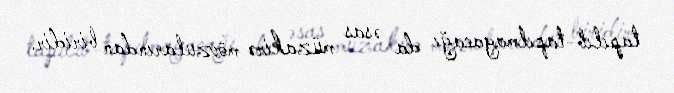
tapılıb-tapılmayacağı da əsas müzakirə mövzularından biridir.